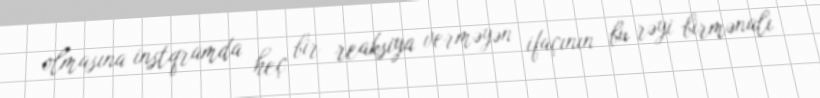
olmasına instqramda heç bir reaksiya verməyən ifaçının bu rəyi birmənalı